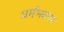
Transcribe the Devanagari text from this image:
धर्मभवना